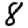
Digit: 8